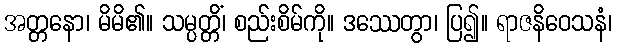
အတ္တနော၊ မိမိ၏။ သမ္ပတ္တိံ၊ စည်းစိမ်ကို။ ဒဿေတွာ၊ ပြ၍။ ရာဇနိဝေသနံ၊